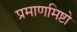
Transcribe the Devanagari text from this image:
प्रमाणमिष्टो